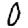
Digit: 0